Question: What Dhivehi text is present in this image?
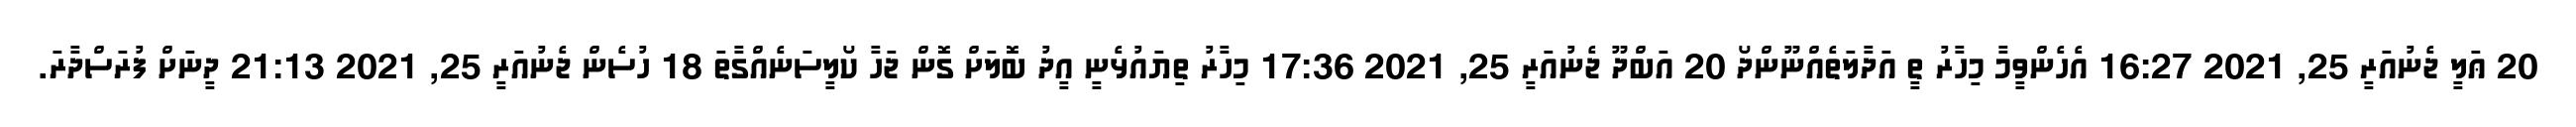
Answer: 20 ޢަލީ ޖެނުއަރީ 25, 2021 16:27 އެހެންވީމާ މިހާރު ތީ އަދާލަތެއްނޫންދޯ 20 އަބްދޫ ޖެނުއަރީ 25, 2021 17:36 މިހާރު ތިޔައުޅެނީ އީދު ބޮލަށް ގޮން ޖަހާ ކޯލީސަނެއްގާތަ 18 ހުސެން ޖެނުއަރީ 25, 2021 21:13 ދީނަށް ފުރަސްދާރަ.